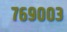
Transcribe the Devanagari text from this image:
७६९००३